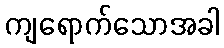
ကျရောက်သောအခါ